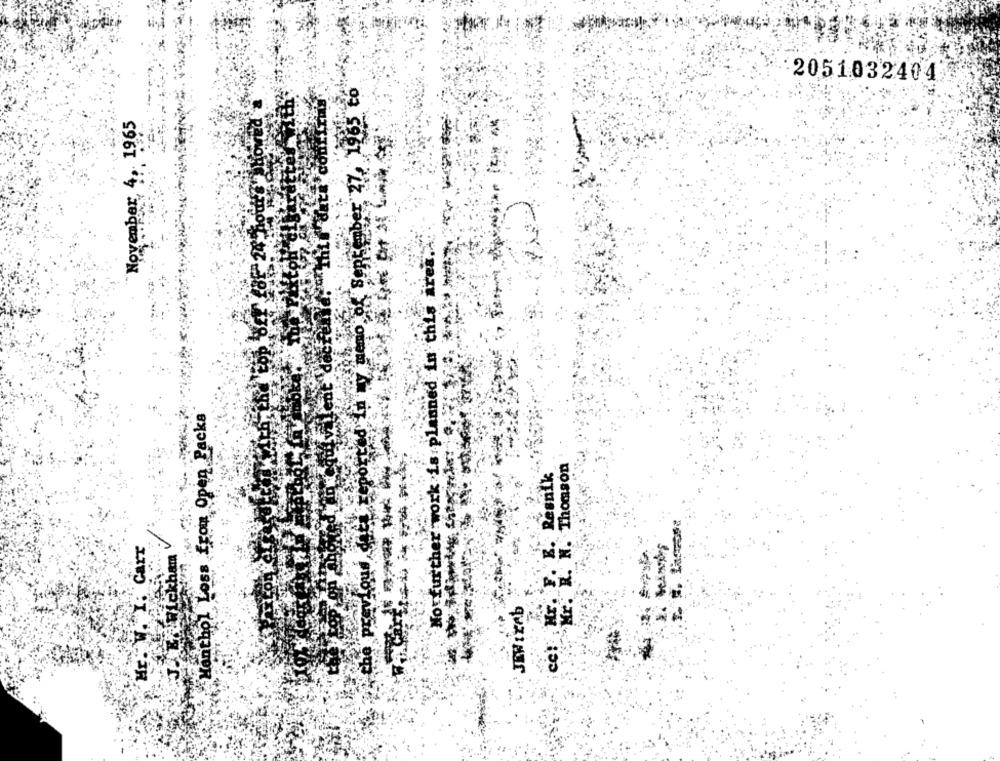
2051032404
September 37. 1965 co
November, 4, 1965
=24
No further work is planned in thi
Menthol Loss from Open Packs
COLH. N. Thomson
Hr. F. E. Resnik
Carr
am
ckh
JEN IzAb
Mr.